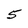
Character: 5